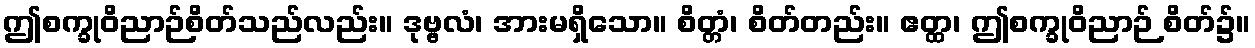
ဤစက္ခုဝိညာဉ်စိတ်သည်လည်း။ ဒုဗ္ဗလံ၊ အားမရှိသော။ စိတ္တံ၊ စိတ်တည်း။ ဧတ္ထ၊ ဤစက္ခုဝိညာဉ် စိတ်၌။